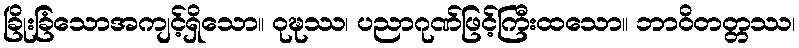
ခြိုးခြံသောအကျင့်ရှိသော။ ဝုဍ္ဎဿ၊ ပညာဂုဏ်ဖြင့်ကြီးထသော။ ဘာဝိတတ္တဿ၊